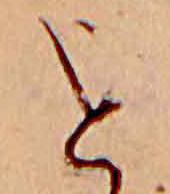
を